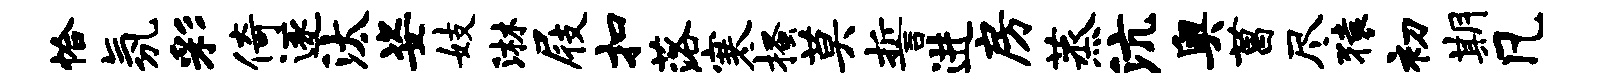
恰氛彩倚逐汰姿妓淋屐扣落寒搔莫誓进房蒸沆奥菖尽猿初期凡